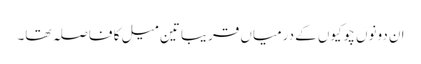
ان دونوں چوکیوں کے درمیاں قریبا تین میل کا فاصلہ تھا۔